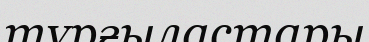
тұрғыластары